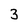
Character: 3